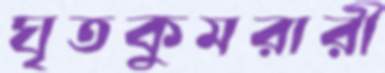
ঘৃতকুমরারী